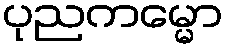
ပုညကမ္မော